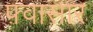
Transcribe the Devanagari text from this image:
फ़्वासार